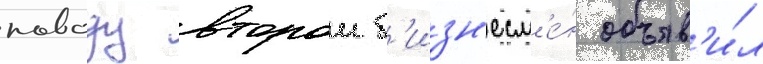
поводу второи б'изн'есм'е́н объяв'и́л